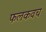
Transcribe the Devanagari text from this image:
फलकवच